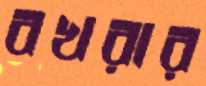
বখরার